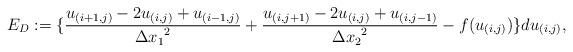
LaTeX: \begin{align*}E_D:=\{\frac{u_{(i+1,j)}-2u_{(i,j)}+u_{(i-1,j)}}{{\Delta x_1}^2}+\frac{u_{(i,j+1)}-2u_{(i,j)}+u_{(i,j-1)}}{{\Delta x_2}^2} -f(u_{(i,j)})\}du_{(i,j)},\end{align*}